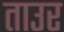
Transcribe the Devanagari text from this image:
ताउर